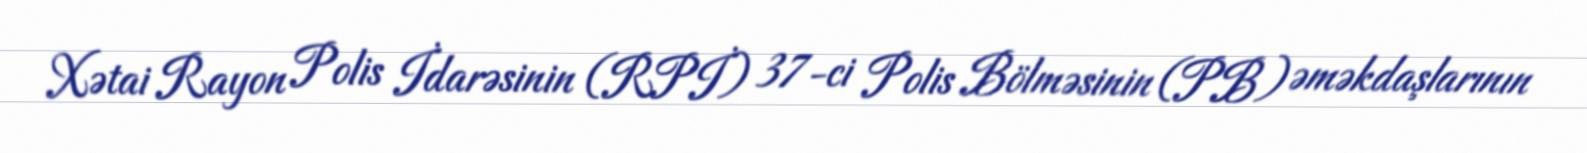
Xətai Rayon Polis İdarəsinin (RPİ) 37-ci Polis Bölməsinin (PB) əməkdaşlarının